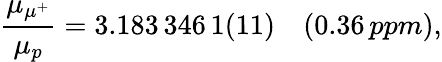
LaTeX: \frac{\mu_{\mu^{+}}}{\mu_{p}}=3.183\, 346\, 1(11)\quad(0.36\, ppm),